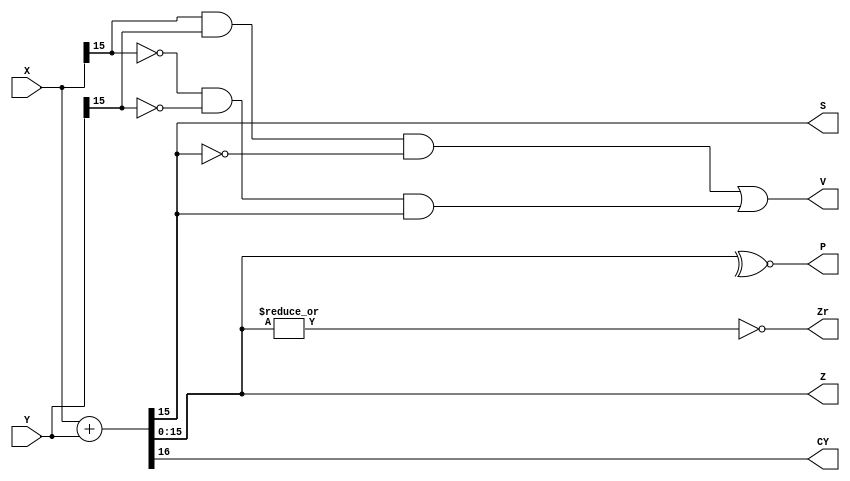
module ALU(X,Y,Z,S,Zr,CY,P,V);
  input[15:0]X,Y;
  output[15:0]Z;
  output S, Zr, CY, P, V;

  assign{CY,Z}=X+Y;
  assign S=Z[15];
  assign Zr=~|Z;
  assign P=~^Z;
  assign V=(X[15]&Y[15]&~Z[15]|~X[15]&~Y[15]&Z[15]);
endmodule